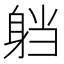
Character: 𮜴